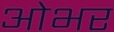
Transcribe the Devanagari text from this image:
ओभर